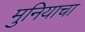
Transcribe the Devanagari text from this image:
मुनियाचा